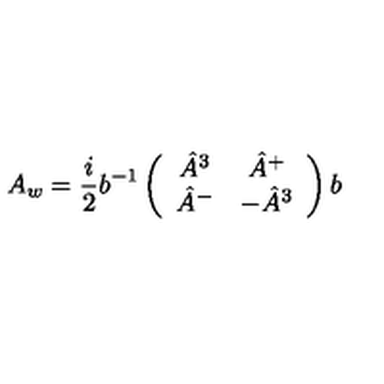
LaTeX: A _ { w } = { \frac { i } { 2 } } b ^ { - 1 } \left( \begin{array} { c c } { \hat { A } ^ { 3 } } & { \hat { A } ^ { + } } \\ { \hat { A } ^ { - } } & { - \hat { A } ^ { 3 } } \\ \end{array} \right) b